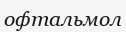
офтальмол